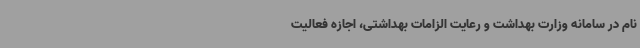
نام در سامانه وزارت بهداشت و رعایت الزامات بهداشتی، اجازه فعالیت